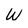
Character: w